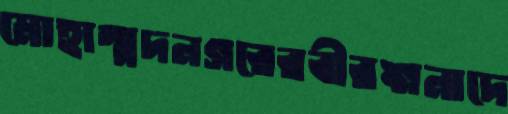
মোহাম্মদনগরেরবীরঙ্গনাদে